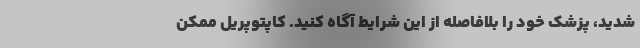
شدید، پزشک خود را بلافاصله از این شرایط آگاه کنید. کاپتوپریل ممکن